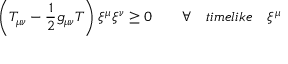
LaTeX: \left( T _ { \mu \nu } - \frac { 1 } { 2 } g _ { \mu \nu } T \right) { \xi } ^ { \mu } { \xi } ^ { \nu } \ge 0 \qquad \forall \quad t i m e l i k e \quad { \xi } ^ { \mu }